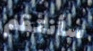
سأنتقم